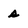
Character: s